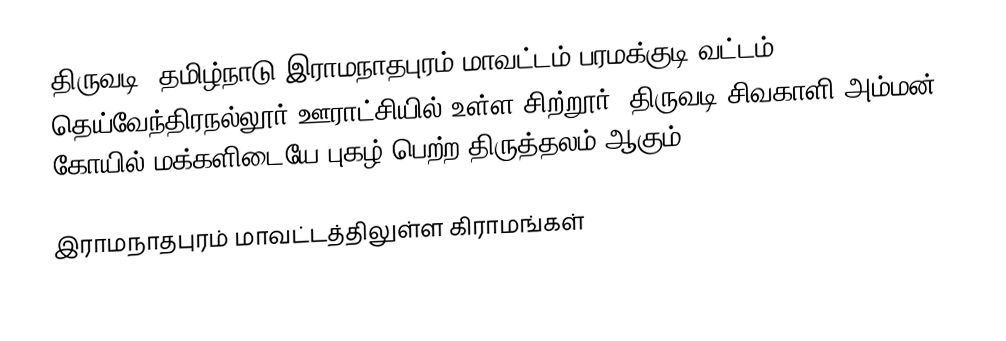
திருவடி, தமிழ்நாடு இராமநாதபுரம் மாவட்டம்  பரமக்குடி வட்டம் தெய்வேந்திரநல்லூர் ஊராட்சியில் உள்ள சிற்றூர். திருவடி சிவகாளி அம்மன் கோயில் மக்களிடையே புகழ் பெற்ற திருத்தலம் ஆகும்.

இராமநாதபுரம் மாவட்டத்திலுள்ள கிராமங்கள்